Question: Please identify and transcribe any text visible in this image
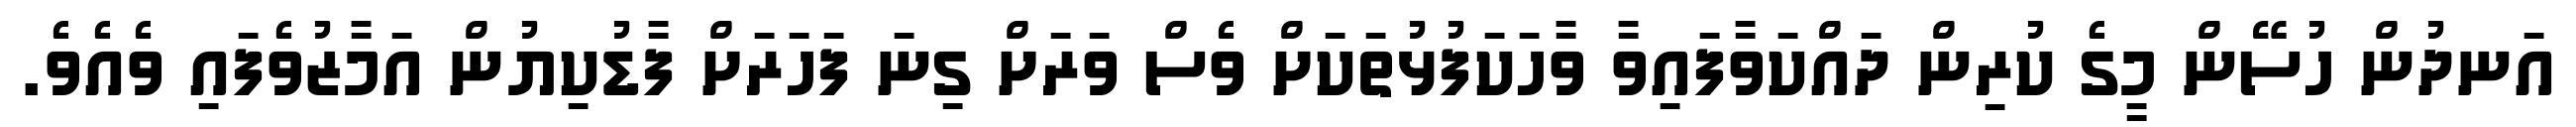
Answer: އަނދުން ހުސޭން މީގެ ކުރިން ދައްކަވާފައިވާ ވާހަކަފުޅުތަކަށް ވެސް ވަރަށް ގިނަ ފަހަރަށް ފާޑުކިޔުން އަމާޒުވެފައި ވެއެވެ.